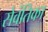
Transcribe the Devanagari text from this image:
सेवंतिका